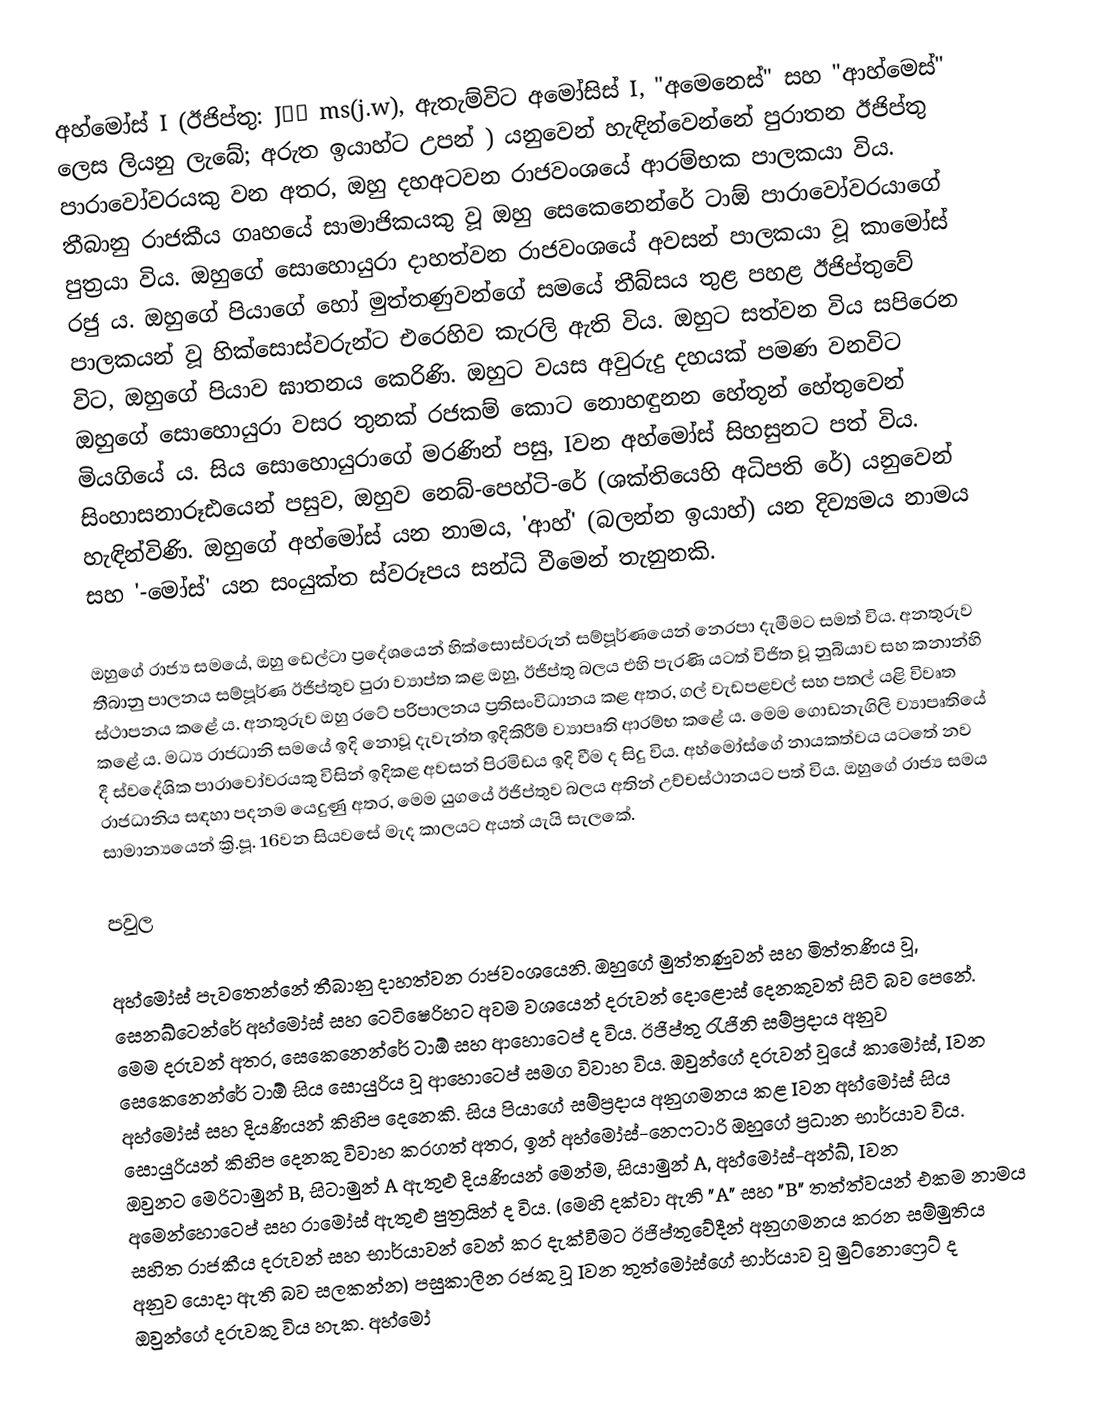
අහ්මෝස් I (ඊජිප්තු: Jˁḥ ms(j.w), ඇතැම්විට අමෝසිස් I, "අමෙනෙස්" සහ "ආහ්මෙස්" ලෙස ලියනු ලැබේ; අරුත ඉයාහ්ට උපන් ) යනුවෙන් හැඳින්වෙන්නේ පුරාතන ඊජිප්තු පාරාවෝවරයකු වන අතර, ඔහු දහඅටවන රාජවංශයේ ආරම්භක පාලකයා විය. තීබානු රාජකීය ගෘහයේ සාමාජිකයකු වූ ඔහු සෙකෙනෙන්රේ ටාඕ පාරාවෝවරයාගේ පුත්‍රයා විය. ඔහුගේ සොහොයුරා දාහත්වන රාජවංශයේ අවසන් පාලකයා වූ කාමෝස් රජු ය. ඔහුගේ පියාගේ හෝ මුත්තණුවන්ගේ සමයේ තීබ්සය තුළ පහළ ඊජිප්තුවේ පාලකයන් වූ හික්සොස්වරුන්ට එරෙහිව කැරලි ඇති විය. ඔහුට සත්වන විය සපිරෙන විට, ඔහුගේ පියාව ඝාතනය කෙරිණි. ඔහුට වයස අවුරුදු දහයක් පමණ වනවිට ඔහුගේ සොහොයුරා වසර තුනක් රජකම් කොට නොහඳුනන හේතූන් හේතුවෙන් මියගියේ ය. සිය සොහොයුරාගේ මරණින් පසු, Iවන අහ්මෝස් සිහසුනට පත් විය. සිංහාසනාරූඪයෙන් පසුව, ඔහුව නෙබ්-පෙහ්ටි-රේ (ශක්තියෙහි අධිපති රේ) යනුවෙන් හැඳින්විණි. ඔහුගේ අහ්මෝස් යන නාමය, 'ආහ්' (බලන්න ඉයාහ්) යන දිව්‍යමය නාමය සහ '-මෝස්' යන සංයුක්ත ස්වරූපය සන්ධි වීමෙන් තැනුනකි.

ඔහුගේ රාජ්‍ය සමයේ, ඔහු ඩෙල්ටා ප්‍රදේශයෙන් හික්සොස්වරුන් සම්පූර්ණයෙන් නෙරපා දැමීමට සමත් විය. අනතුරුව තීබානු පාලනය සම්පූර්ණ ඊජිප්තුව පුරා ව්‍යාප්ත කළ ඔහු, ඊජිප්තු බලය එහි පැරණි යටත් විජිත වූ නුබියාව සහ කනාන්හි ස්ථාපනය කළේ ය. අනතුරුව ඔහු රටේ පරිපාලනය ප්‍රතිසංවිධානය කළ අතර, ගල් වැඩපළවල් සහ පතල් යළි විවෘත කළේ ය. මධ්‍ය රාජධානි සමයේ ඉදි නොවූ දැවැන්ත ඉදිකිරීම් ව්‍යාපෘති ආරම්භ කළේ ය. මෙම ගොඩනැගිලි ව්‍යාපෘතියේ දී ස්වදේශික පාරාවෝවරයකු විසින් ඉදිකළ අවසන් පිරමිඩය ඉදි වීම ද සිදු විය. අහ්මෝස්ගේ නායකත්වය යටතේ නව රාජධානිය සඳහා පදනම යෙදුණු අතර, මෙම යුගයේ ඊජිප්තුව බලය අතින් උච්චස්ථානයට පත් විය. ඔහුගේ රාජ්‍ය සමය සාමාන්‍යයෙන් ක්‍රි.පූ. 16වන සියවසේ මැද කාලයට අයත් යැයි සැලකේ.

පවුල

අහ්මෝස් පැවතෙන්නේ තීබානු දාහත්වන රාජවංශයෙනි. ඔහුගේ මුත්තණුවන් සහ මිත්තණිය වූ, සෙනඛ්ටෙන්රේ අහ්මෝස් සහ ටෙටිෂෙරිහට අවම වශයෙන් දරුවන් දොළොස් දෙනකුවත් සිටි බව පෙනේ. මෙම දරුවන් අතර, සෙකෙනෙන්රේ ටාඕ සහ ආහොටෙප් ද විය. ඊජිප්තු රැජිනි සම්ප්‍රදාය අනුව සෙකෙනෙන්රේ ටාඕ සිය සොයුරිය වූ ආහොටෙප් සමග විවාහ විය. ඔවුන්ගේ දරුවන් වූයේ කාමෝස්, Iවන අහ්මෝස් සහ දියණියන් කිහිප දෙනෙකි. සිය පියාගේ සම්ප්‍රදාය අනුගමනය කළ Iවන අහ්මෝස් සිය සොයුරියන් කිහිප දෙනකු විවාහ කරගත් අතර, ඉන් අහ්මෝස්-නෙෆටාරි ඔහුගේ ප්‍රධාන භාර්යාව විය. ඔවුනට මෙරිටාමුන් B, සිටාමුන් A ඇතුළු දියණියන් මෙන්ම, සියාමුන් A, අහ්මෝස්-අන්ඛ්, Iවන අමෙන්හොටෙප් සහ රාමෝස් ඇතුළු පුත්‍රයින් ද විය. (මෙහි දක්වා ඇති "A" සහ "B" තත්ත්වයන් එකම නාමය සහිත රාජකීය දරුවන් සහ භාර්යාවන් වෙන් කර දැක්වීමට ඊජිප්තුවේදීන් අනුගමනය කරන සම්මුතිය අනුව යොදා ඇති බව සලකන්න) පසුකාලීන රජකු වූ Iවන තුත්මෝස්ගේ භාර්යාව වූ මුට්නොෆ්‍රෙට් ද ඔවුන්ගේ දරුවකු විය හැක. අහ්මෝ